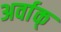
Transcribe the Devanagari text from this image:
अर्वाक्